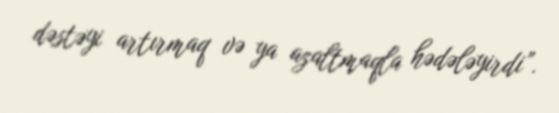
dəstəyi artırmaq və ya azaltmaqla hədələyirdi”.